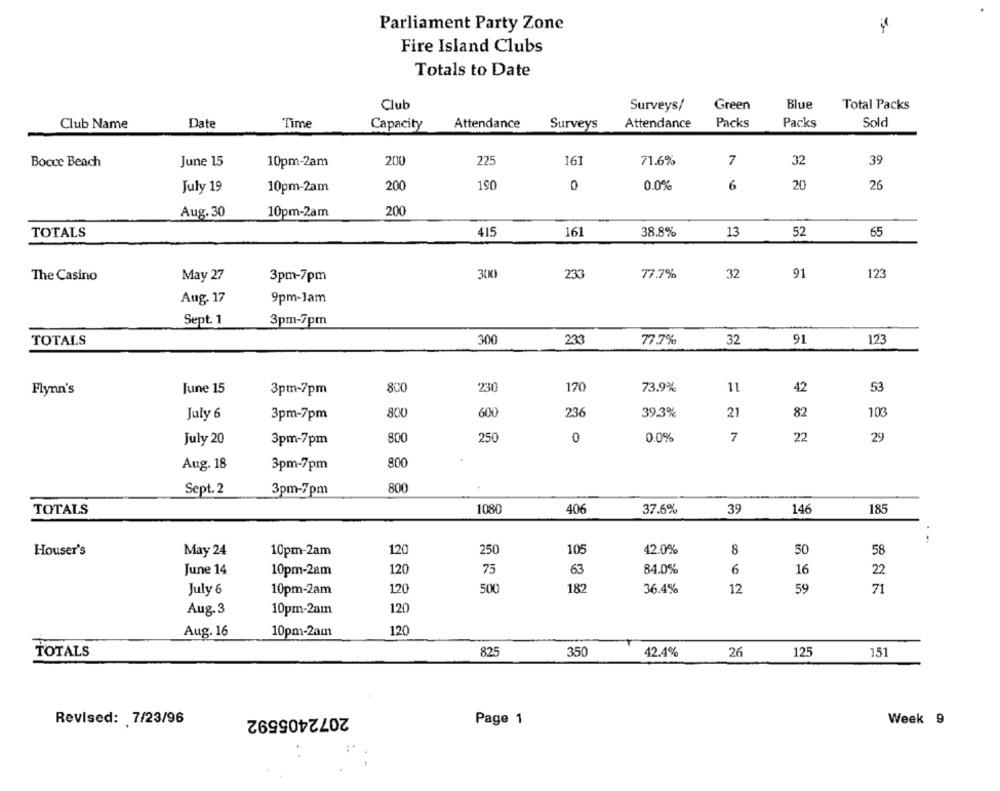
Parliament Party Zone
Fire Island Clubs
Totals to Date
Club
Surveys/
Green
Blue
Total Packs
Club Name
Date
Time
Capacity
Attendance
Surveys
Attendance
Packs
Packs
Sold
Bocce Beach
June 15
10pm-2am
200
225
161
71.6%
7
32
39
July 19
10pm-2am
200
190
0
0.0%
6
20
26
Aug. 30
10pm-2am
200
TOTALS
415
161
38.8%
13
52
65
The Casino
May 27
3pm-7pm
30K
233
77.7%
32
91
123
Aug. 17
9pm-Jam
Sept. 1
3pm-7pm
TOTALS
300
233
77.7%
32
91
123
800
230
170
73.9%
11
42
53
Flynn's
June 15
3pm-7pm
July 6
3pm-7pm
800
600
236
39.3%
21
82
103
29
July 20
3pm-7pm
800
250
0
0.0%
7
22
Aug. 18
3pm-7pm
800
Sept. 2
3pm-7pm
800
TOTALS
1080
406
37.6%
39
146
185
...
Houser's
May 24
10pm-2am
120
250
105
42.0%
8
50
58
June 14
120
75
63
84.0%
6
16
22
10pm-2am
July 6
10pm-2am
120
500
182
36.4%
12
59
71
Aug. 3
120
10pm-2am
Aug. 16
10pm-2am
120
TOTALS
825
350
42.4%
26
125
151
2072405592
Week 9
Revised: 7/23/96
Page 1